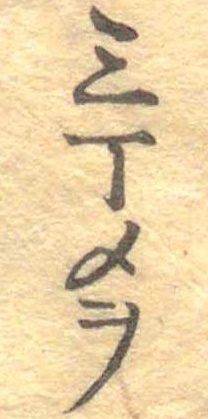
三丁メヲ